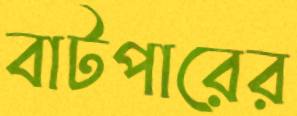
বাটপারের